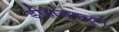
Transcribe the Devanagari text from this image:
डोहाजवळून